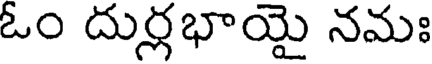
ఓం దుర్లభాయై నమః